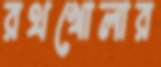
রথখোলার